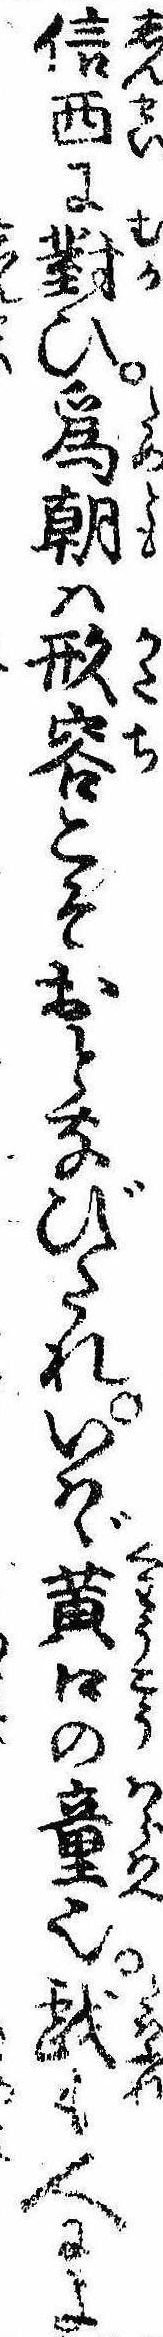
信西に対ひ為朝は形容こそおとなびたれいはゞ黄口の童也戯も人によ